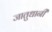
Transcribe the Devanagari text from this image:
जातुधानी